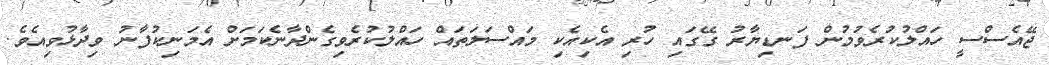
ޖޭއެސްސީ ހައްލުކުރެވުމުން ފަނޑިޔާރު ގޭގައި ހުރި އެކިއެކި މައްސަލަތައް ހައްލުކުރެވިގެންދާނެކަމަށް އެމަނިކުފާނު ވިދާޅުވިއެވެ.